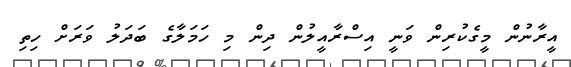
އީރާނުން މީގެކުރިން ވަނީ އިސްރާއީލުން ދިން މި ހަމަލާގެ ބަދަލު ވަރަށް ހިތި